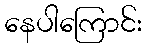
နေပါကြောင်း